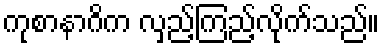
ကုစာနာဂိက လှည့်ကြည့်လိုက်သည်။